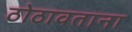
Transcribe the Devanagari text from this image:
ठोठावताना